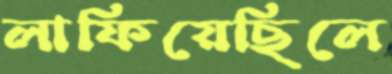
লাফিয়েছিলে